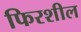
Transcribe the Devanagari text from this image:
फिरशील